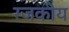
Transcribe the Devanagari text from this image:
रजकीय